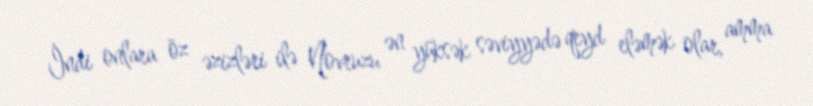
İndi onlara öz əzizləri ilə Novruzu ən yüksək səviyyədə qeyd eləmək olar, amma